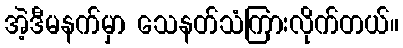
အဲ့ဒီမနက်မှာ သေနတ်သံကြားလိုက်တယ်။